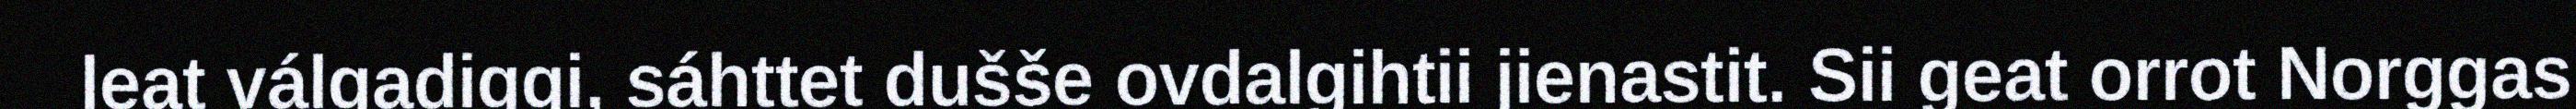
leat válgadiggi, sáhttet dušše ovdalgihtii jienastit. Sii geat orrot Norggas